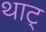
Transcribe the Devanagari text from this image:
थाट्